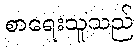
စာရေးသူသည်